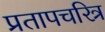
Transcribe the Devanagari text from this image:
प्रतापचरित्र